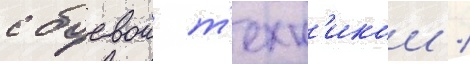
с боевои т'ехн'икои /